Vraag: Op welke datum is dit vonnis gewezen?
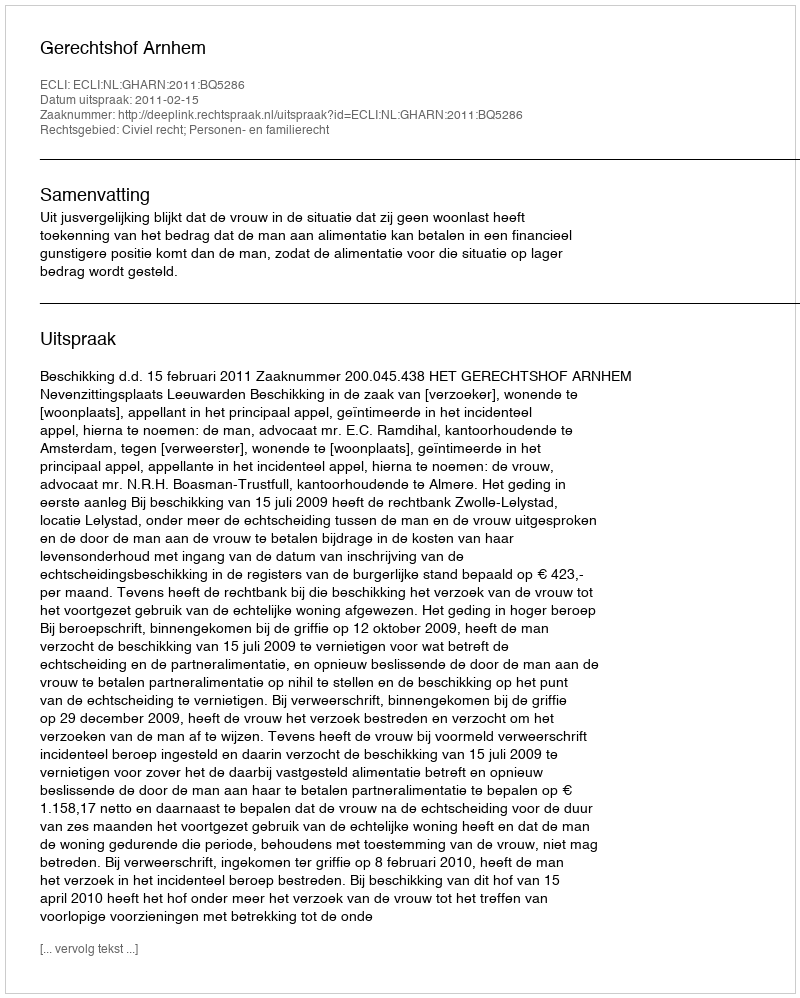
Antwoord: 2011-02-15